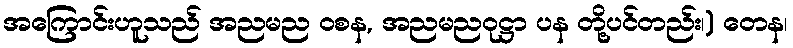
အကြောင်းဟူသည် အညမည ဝစန, အညမညဝုဋ္ဌာ ပန တို့ပင်တည်း၊) တေန၊